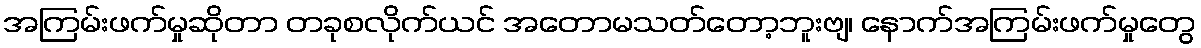
အကြမ်းဖက်မှုဆိုတာ တခုစလိုက်ယင် အတောမသတ်တော့ဘူးဗျ၊ နောက်အကြမ်းဖက်မှုတွေ